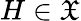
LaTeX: H\in{\mathfrak{X}}